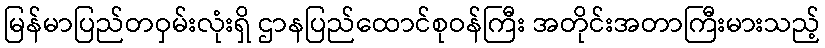
မြန်မာပြည်တဝှမ်းလုံးရှိ ဌာနပြည်ထောင်စုဝန်ကြီး အတိုင်းအတာကြီးမားသည့်